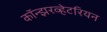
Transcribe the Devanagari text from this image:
कॉन्झरव्हेटरियन